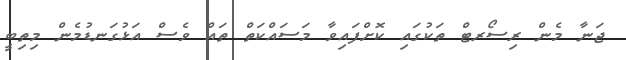
ޖަނާ މެން ރިސޯރޓް ތަކުގައި ކޮށްފައިވާ މަސައްކަތް ތައް ވެސް އަޅުގަނޑުމެން މިތިބީ